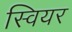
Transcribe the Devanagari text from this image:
स्वियर